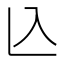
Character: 兦